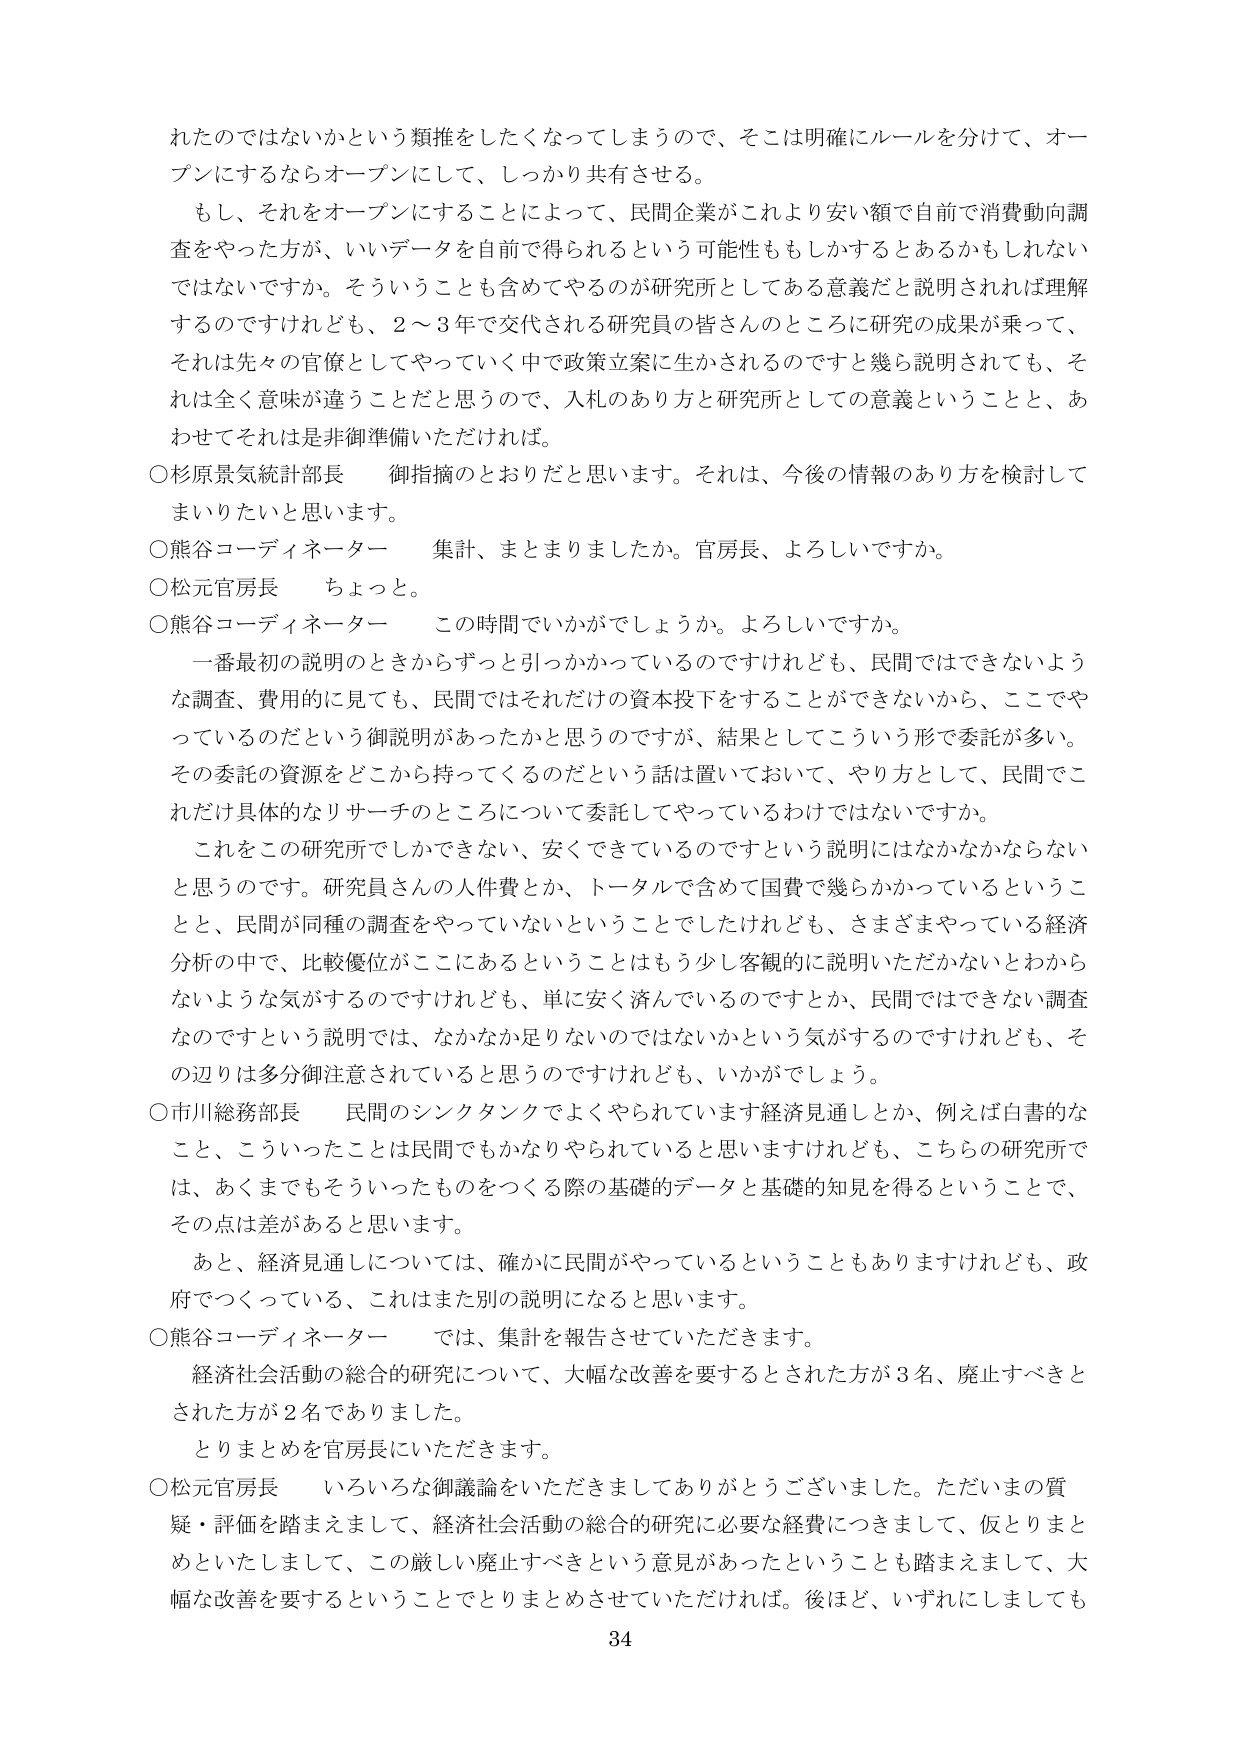
れたのではないかという類推をしたくなってしまうので、そこは明確にルールを分けて、オープンにするならオープンにして、しっかり共有させる。

もし、それをオープンにすることによって、民間企業がこれより安い額で自前で消費動向調査をやった方が、いいデータを自前で得られるという可能性ももしかするとあるかもしれないではないですか。そういうことも含めてやるのが研究所としてある意義だと説明されれば理解するのですけれども、2～3年で交代される研究員の皆さんんのところに研究の成果が乗って、それは先々の官僚としてやっていく中で政策立案に生かされるのですと幾ら説明されても、それは全く意味が違うことだと思うので、入札のあり方と研究所としての意義ということと、あわせてそれは是非御準備いただければ。

○杉原景気統計部長　御指摘のとおりだと思います。それは、今後の情報のあり方を検討してまいりたいと思います。

○熊谷コーディネーター　集計、まとめましたか。官房長、よろしいですか。

○松元官房長　ちょっと。

○熊谷コーディネーター　この時間でいかがでしょうか。よろしいですか。

一番最初の説明のときからずっと引っかかっているのですけれども、民間ではできないような調査、費用的に見ても、民間ではそれだけの資本投下をすることができないから、ここでやっているのだという御説明があったかと思うのですが、結果としてこういう形で委託が多い。その委託の資源をどこから持ってくるのだという話は置いておいて、やり方として、民間でこれだけ具体的なリサーチのところについて委託してやっているわけではないですか。

これをこの研究所でしかできない、安くできているのですという説明にはなかなかならないと思うのです。研究員さんの人件費とか、トータルで含めて国費で幾らかかっているということと、民間が同種の調査をやっていないということでしたけれども、さまざまやっている経済分析の中で、比較優位がここにあるということはもう少し客観的に説明いただかないとわからないような気がするのですけれども、単に安く済んでいるのですとか、民間ではできない調査なのですという説明では、なかなか足りないのではないかという気がするのですけれども、その辺りは多分御注意されていると思うのですけれども、いかがでしょう。

○市川総務部長　民間のシンクタンクでよくやられています経済見通しとか、例えば白書的なこと、こういったことは民間でもかなりやられていると思いますけれども、こちらの研究所では、あくまでもそういったものを作る際の基礎的データと基礎的知見を得ということで、その点は差があると思います。

あと、経済見通しについては、確かに民間がやっているということもありますけれども、政府でつくっている、これはまた別の説明になると思います。

○熊谷コーディネーター　では、集計を報告させていただきます。

経済社会活動の総合的研究について、大幅な改善を要するとされた方が3名、廃止すべきとされた方が2名でありました。

とりまとめを官房長にいただきます。

○松元官房長　いろいろな御議論をいただきましてありがとうございました。ただいまの質疑・評価を踏まえまして、経済社会活動の総合的研究に必要な経費につきまして、仮とりまとめといたしまして、この厳しい廃止すべきという意見があったということも踏まえまして、大幅な改善を要するということでとりまとめさせていただければ。後ほど、いずれにしましても

34